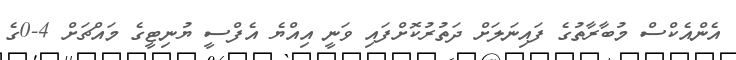
އެންއެކްސް މުބާރާތުގެ ފައިނަލަށް ދަތުރުކޮށްފައި ވަނީ އިއްޔެ އެފްސީ ޔުނިޓީގެ މައްޗަށް 4-0ގެ